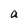
Character: a